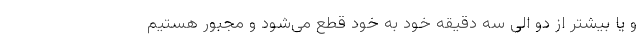
و یا بیشتر از دو الی سه دقیقه خود به خود قطع می‌شود و مجبور هستیم